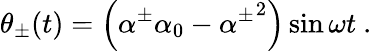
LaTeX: \theta_{\pm}(t)=\left(\alpha^{\pm}\alpha_{0}-{\alpha^{\pm}}^{2}\right)\sin\omega t\ .